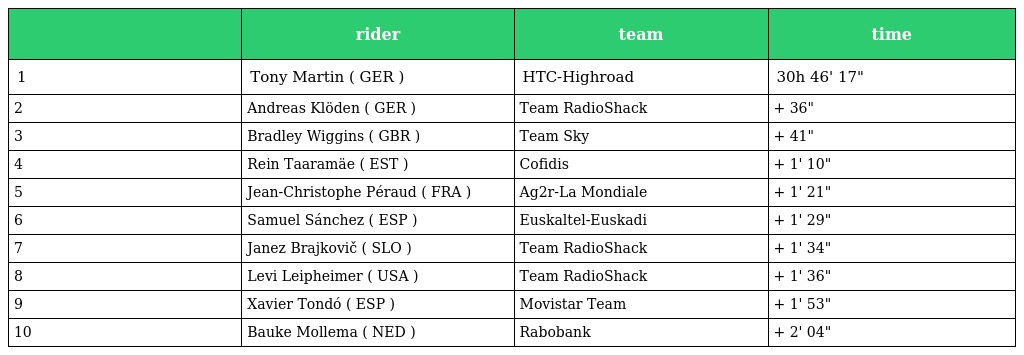
|  | rider | team | time |
 | --- | --- | --- | --- |
 | 1 | Tony Martin ( GER ) | HTC-Highroad | 30h 46' 17" |
 | 2 | Andreas Klöden ( GER ) | Team RadioShack | + 36" |
 | 3 | Bradley Wiggins ( GBR ) | Team Sky | + 41" |
 | 4 | Rein Taaramäe ( EST ) | Cofidis | + 1' 10" |
 | 5 | Jean-Christophe Péraud ( FRA ) | Ag2r-La Mondiale | + 1' 21" |
 | 6 | Samuel Sánchez ( ESP ) | Euskaltel-Euskadi | + 1' 29" |
 | 7 | Janez Brajkovič ( SLO ) | Team RadioShack | + 1' 34" |
 | 8 | Levi Leipheimer ( USA ) | Team RadioShack | + 1' 36" |
 | 9 | Xavier Tondó ( ESP ) | Movistar Team | + 1' 53" |
 | 10 | Bauke Mollema ( NED ) | Rabobank | + 2' 04" |